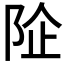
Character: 𱀏